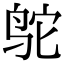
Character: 鸵